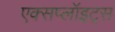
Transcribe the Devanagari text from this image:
एक्सप्लॉइट्स